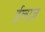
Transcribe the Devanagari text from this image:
ईलाज़